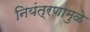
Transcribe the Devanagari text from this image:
नियंत्रणामुळे